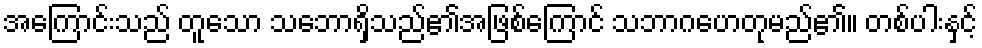
အကြောင်းသည် တူသော သဘောရှိသည်၏အဖြစ်ကြောင် သဘာဂဟေတုမည်၏။ တစ်ပါးနှင့်